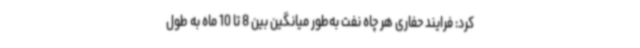
کرد: فرایند حفاری هر چاه نفت به‌طور میانگین بین 8 تا 10 ماه به طول